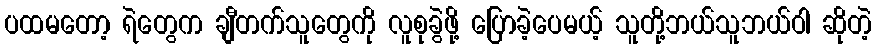
ပထမတော့ ရဲတွေက ချီတက်သူတွေကို လူစုခွဲဖို့ ပြောခဲ့ပေမယ့် သူတို့ဘယ်သူဘယ်ဝါ ဆိုတဲ့